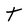
Character: t